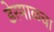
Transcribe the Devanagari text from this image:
डेरमाळचा